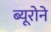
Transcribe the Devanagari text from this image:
ब्यूरोने